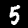
Label: 5